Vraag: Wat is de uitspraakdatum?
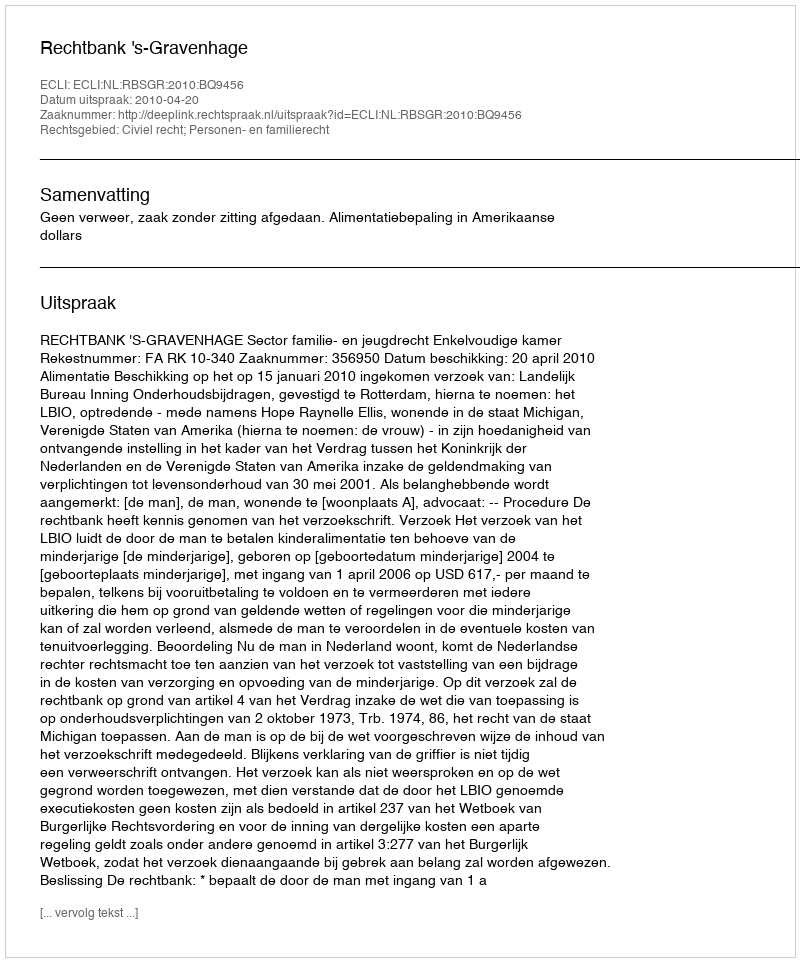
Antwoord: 2010-04-20